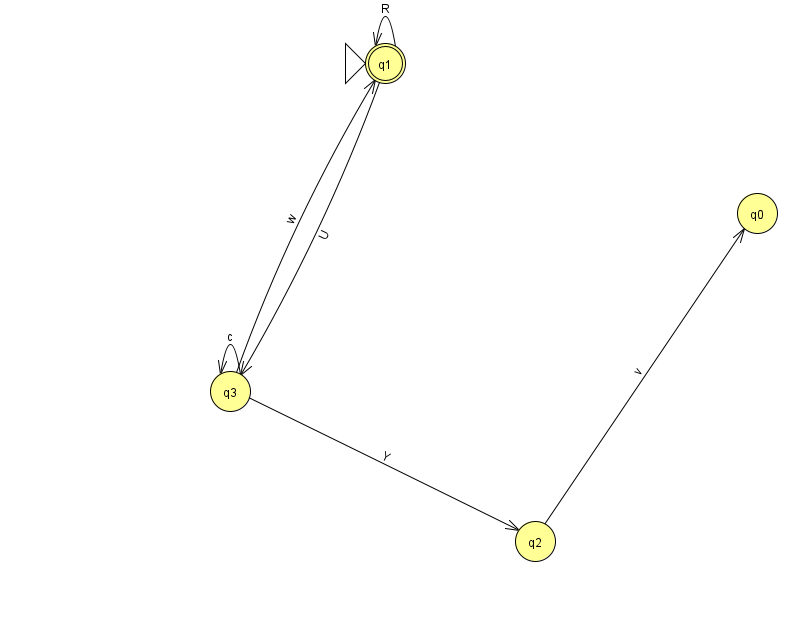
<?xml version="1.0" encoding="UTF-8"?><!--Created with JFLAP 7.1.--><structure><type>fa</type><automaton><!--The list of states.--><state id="0" name="q0"><x>757.0</x><y>200.0</y></state><state id="1" name="q1"><x>385.0</x><y>50.0</y><initial/><final/></state><state id="2" name="q2"><x>535.0</x><y>528.0</y></state><state id="3" name="q3"><x>230.0</x><y>378.0</y></state><!--The list of transitions.--><transition><from>1</from><to>1</to><read>R</read></transition><transition><from>2</from><to>0</to><read>v</read></transition><transition><from>3</from><to>3</to><read>c</read></transition><transition><from>1</from><to>3</to><read>U</read></transition><transition><from>3</from><to>1</to><read>w</read></transition><transition><from>3</from><to>2</to><read>Y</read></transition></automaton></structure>